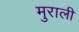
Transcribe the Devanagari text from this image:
मुराली